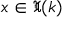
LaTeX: x \in { \mathfrak { X } } ( k )